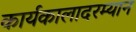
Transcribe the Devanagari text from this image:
कार्यकालादरम्यान